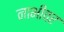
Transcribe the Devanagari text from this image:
नाभीवर